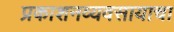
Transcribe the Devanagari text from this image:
प्रकाशनव्यवसायाचा